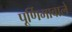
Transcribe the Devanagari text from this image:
पूर्णिमावाले